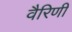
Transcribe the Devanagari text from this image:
वैरिणी